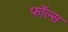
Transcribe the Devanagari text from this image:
फाॅल्स